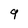
Character: 9